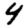
Digit: 4